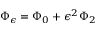
\Phi _ { \epsilon } = \Phi _ { 0 } + \epsilon ^ { 2 } \Phi _ { 2 }